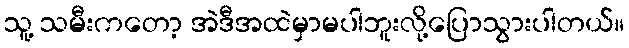
သူ့ သမီးကတော့ အဲဒီအထဲမှာမပါဘူးလို့ပြောသွားပါတယ်။